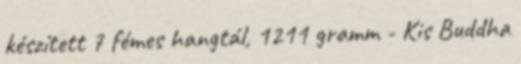
készített 7 fémes hangtál, 1211 gramm - Kis Buddha